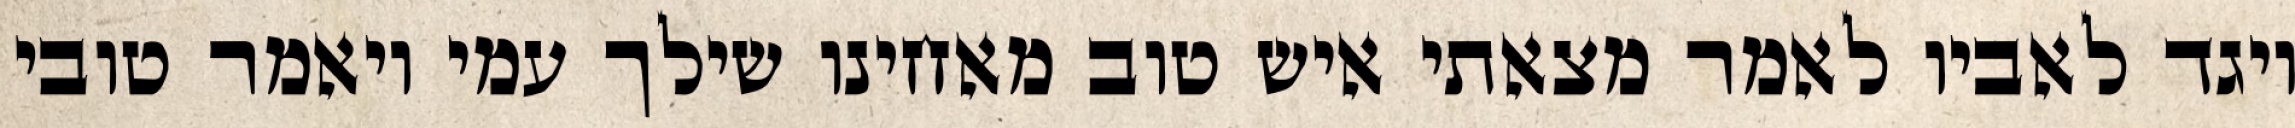
ויגד לאביו לאמר מצאתי איש טוב מאחינו שילך עמי ויאמר טובי